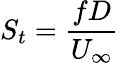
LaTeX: S_{t}=\frac{fD}{U_{\infty}}